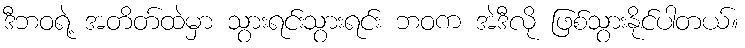
ဒီဘဝရဲ့ အတိတ်ထဲမှာ သွားရင်းသွားရင်း ဘဝက အဲဒီလို ဖြစ်သွားနိုင်ပါတယ်။